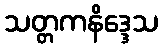
သတ္တကနိဒ္ဒေသ